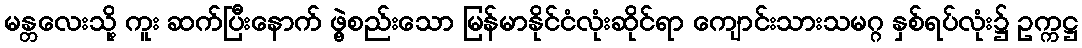
မန္တလေးသို့ ကူး ဆက်ပြီးနောက် ဖွဲ့စည်းသော မြန်မာနိုင်ငံလုံးဆိုင်ရာ ကျောင်းသားသမဂ္ဂ နှစ်ရပ်လုံး၌ ဥက္ကဋ္ဌ